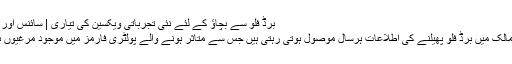
برڈ فلو سے بچاؤ کے لئے نئی تجرباتی ویکسین کی تیاری | سائنس اور ماحول | DW | 01.04.2009
پاکستان سمیت دنیا کے مختلف ممالک میں برڈ فلو پھیلنے کی اطلاعات ہرسال موصول ہوتی رہتی ہیں جس سے متاثر ہونے والے پولٹری فارمز میں موجود مرغیوں بڑی تعداد میں تلف کرنا پڑتا ہے۔